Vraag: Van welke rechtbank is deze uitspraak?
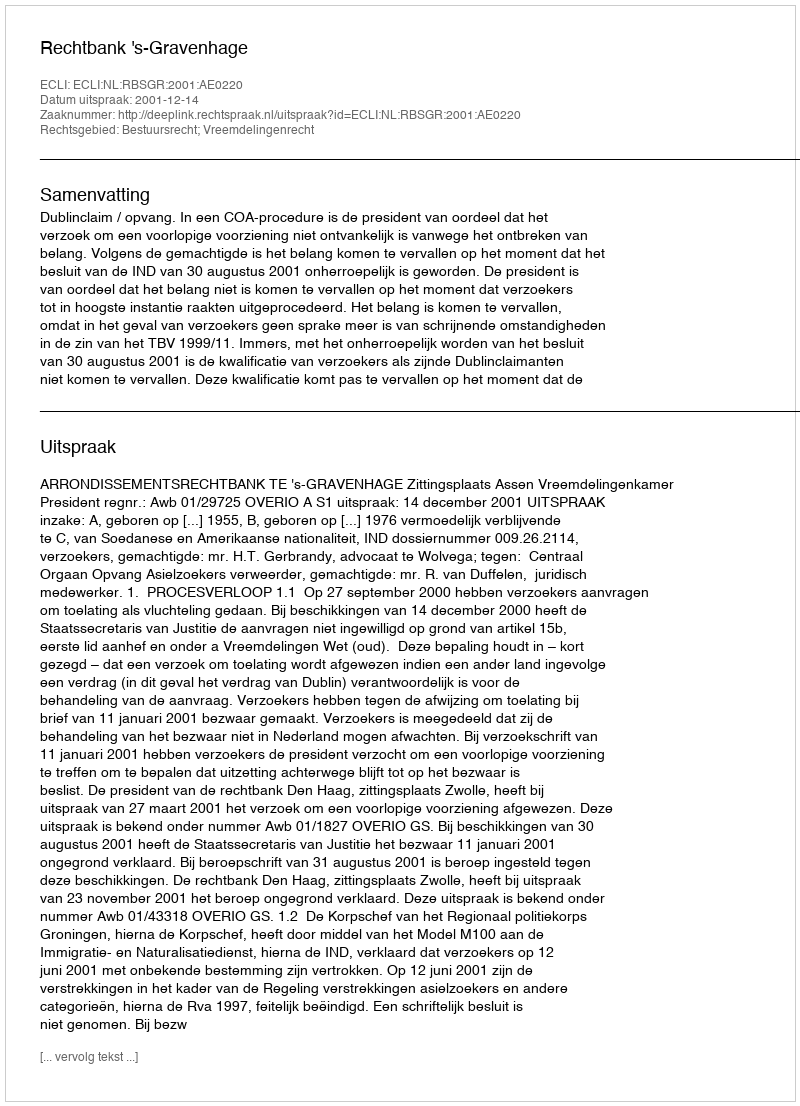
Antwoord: Rechtbank 's-Gravenhage